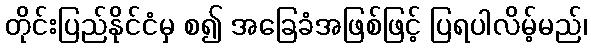
တိုင်းပြည်နိုင်ငံမှ စ၍ အခြေခံအဖြစ်ဖြင့် ပြရပါလိမ့်မည်၊